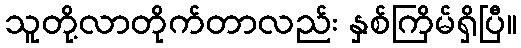
သူတို့လာတိုက်တာလည်း နှစ်ကြိမ်ရှိပြီ။